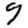
Digit: 9